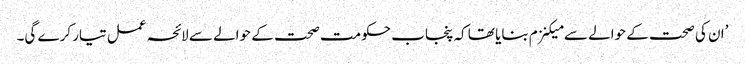
’ان کی صحت کے حوالے سے میکنزم بنایا تھا کہ پنجاب حکومت صحت کے حوالے سے لائحہ عمل تیار کرے گی۔